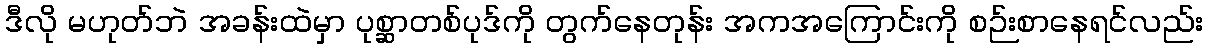
ဒီလို မဟုတ်ဘဲ အခန်းထဲမှာ ပုစ္ဆာတစ်ပုဒ်ကို တွက်နေတုန်း အကအကြောင်းကို စဉ်းစာနေရင်လည်း